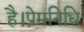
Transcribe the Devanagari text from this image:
है।प्रेमनिधि